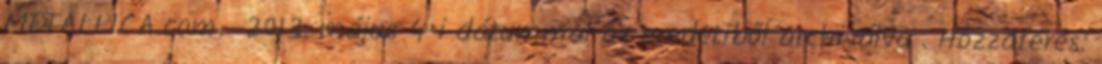
METALLICA.com. 2013. május 4-i dátummal az eredetiből archiválva . Hozzáférés: